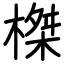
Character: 榤